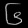
Digit: ၆